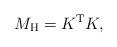
LaTeX: \begin{align*}M_{\mathrm{H}}=K^{\mathrm{T}}K, \end{align*}